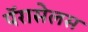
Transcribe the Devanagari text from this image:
पॅरासेलस